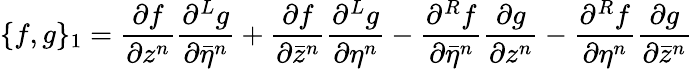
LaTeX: \{ f,g\} _{1}=\frac{\partial f}{\partial z^{n}}\frac{\partial^{L}g}{\partial{\bar{\eta}}^{n}}+\frac{\partial f}{\partial{\bar{z}}^{n}}\frac{\partial^{L}g}{\partial\eta^{n}}-\frac{\partial^{R}f}{\partial{\bar{\eta}}^{n}}\frac{\partial g}{\partial z^{n}}-\frac{\partial^{R}f}{\partial\eta^{n}}\frac{\partial g}{\partial{\bar{z}}^{n}}